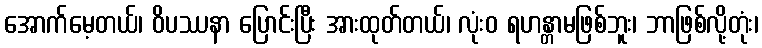
အောက်မေ့တယ်၊ ဝိပဿနာ ပြောင်းပြီး အားထုတ်တယ်၊ လုံးဝ ရဟန္တာမဖြစ်ဘူး၊ ဘာဖြစ်လို့တုံး၊